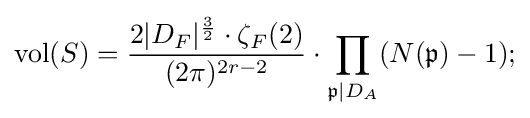
\operatorname {vol} (S)={\frac {2|D_{F}|^{\frac {3}{2}}\cdot \zeta _{F}(2)}{(2\pi )^{2r-2}}}\cdot \prod _{{\mathfrak {p}}\mid D_{A}}(N({\mathfrak {p}})-1);